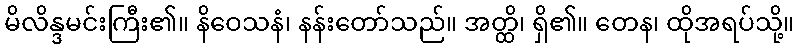
မိလိန္ဒမင်းကြီး၏။ နိဝေသနံ၊ နန်းတော်သည်။ အတ္ထိ၊ ရှိ၏။ တေန၊ ထိုအရပ်သို့။